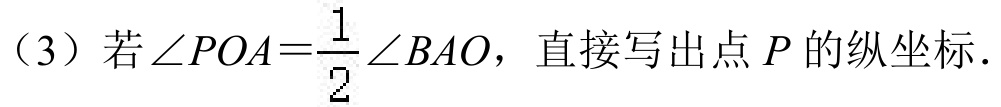
（3）若\(\angle POA=\frac{1}{2}\angle BAO\)，直接写出点 \(P\) 的纵坐标．